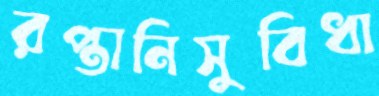
রপ্তানিসুবিধা